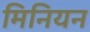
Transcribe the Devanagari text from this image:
मिनियन